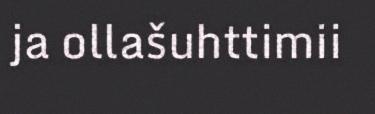
ja ollašuhttimii